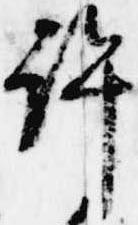
許